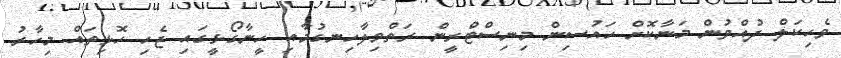
ވެހިކަލް ދުއްވުން މަނާކޮށް ހައުސިން މިނިސްޓްރީން ރަތްވިލާހިނގުމާއި ހީނާގޯޅީގައި ޖެހި ހޮޅިތައް މިހާރު